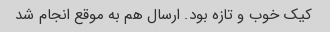
کیک خوب و تازه بود. ارسال هم به موقع انجام شد